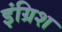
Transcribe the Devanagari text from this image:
इंग्रिश